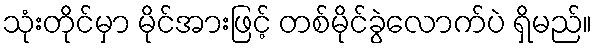
သုံးတိုင်မှာ မိုင်အားဖြင့် တစ်မိုင်ခွဲလောက်ပဲ ရှိမည်။